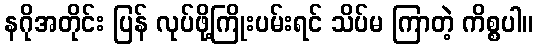
နဂိုအတိုင်း ပြန် လုပ်ဖို့ကြိုးပမ်းရင် သိပ်မ ကြာတဲ့ ကိစ္စပါ။